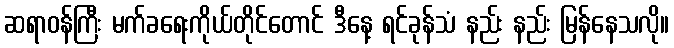
ဆရာဝန်ကြီး မက်ခရေးကိုယ်တိုင်တောင် ဒီနေ့ ရင်ခုန်သံ နည်း နည်း မြန်နေသလို။